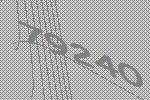
79240